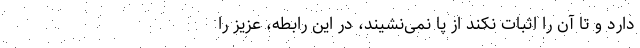
دارد و تا آن را اثبات نکند از پا نمی‌نشیند، در این رابطه،‌ عزیز را